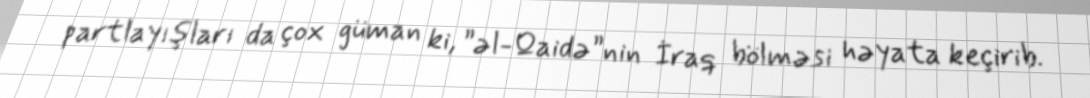
partlayışları da çox güman ki, ”əl-Qaidə”nin İraq bölməsi həyata keçirib.